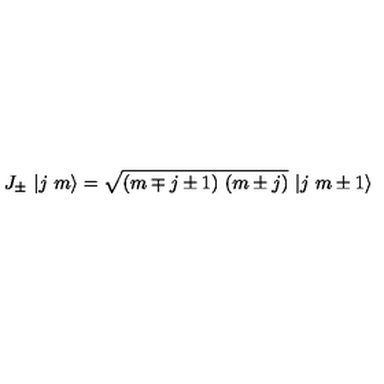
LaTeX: J _ { \pm } \ | j \ m \rangle = \sqrt { ( m \mp j \pm 1 ) \ ( m \pm j ) } \ | j \ m \pm 1 \rangle